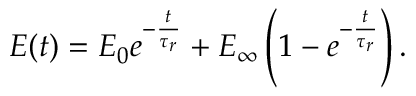
E ( t ) = E _ { 0 } e ^ { - \frac { t } { \tau _ { r } } } + E _ { \infty } \left( 1 - e ^ { - \frac { t } { \tau _ { r } } } \right) .